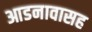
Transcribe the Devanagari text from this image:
आडनावासह